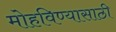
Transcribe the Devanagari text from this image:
मोहविण्यासाठी